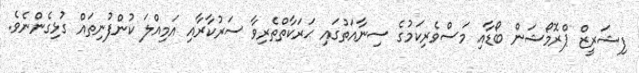
ފިޝަރީޒް ޕްރޮމޯޝަން ބޯޑާއި މަސްވެރިކަމުގެ ސިނާއަތުގައި ޙަރަކާތްތެރިވާ ސަރުކާރާއި އަމިއްލަ ކުންފުނިތައް ގުޅިގެންނެވެ.